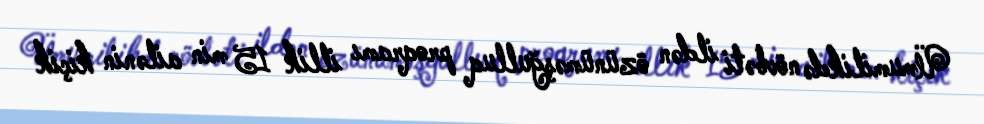
Ümumilikdə növbəti ildən özünüməşğulluq proqramı illik 15 min ailənin kiçik